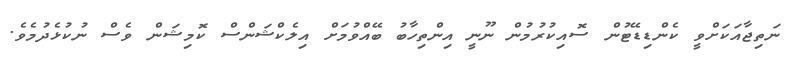
ނަތިޖާއަކަށްވީ ކެންޑިޑޭޓުން ސޮއިކުރުމުން ނޫނީ އިންތިހާބު ބޭއްވުމަށް އިލެކްޝަންސް ކޮމިޝަން ވެސް ނުކުޅެދުމެވެ.